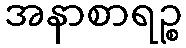
အနာစာရဉ္စ